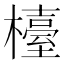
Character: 檯